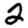
Digit: 2